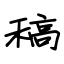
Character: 稿